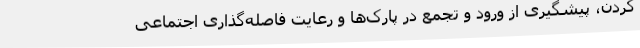
کردن، پیشگیری از ورود و تجمع در پارک‌ها و رعایت فاصله‌گذاری اجتماعی